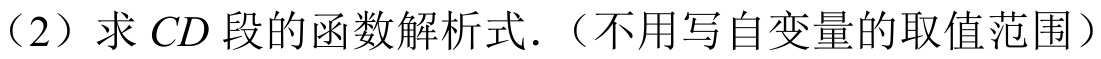
（2）求 \(CD\) 段的函数解析式.（不用写自变量的取值范围）